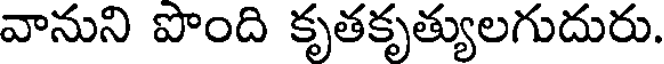
వానుని పొంది కృతకృత్యులగుదురు.